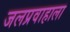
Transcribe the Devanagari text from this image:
जलप्रवाहाला